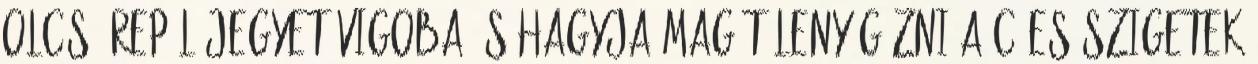
olcsó repülőjegyet Vigoba és hagyja magát lenyűgözni a Cíes-szigetek